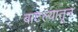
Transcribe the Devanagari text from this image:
बाटल्यातून